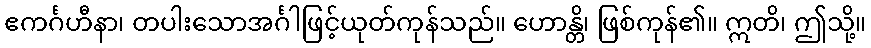
ဧကင်္ဂဟီနာ၊ တပါးသောအင်္ဂါဖြင့်ယုတ်ကုန်သည်။ ဟောန္တိ၊ ဖြစ်ကုန်၏။ ဣတိ၊ ဤသို့။